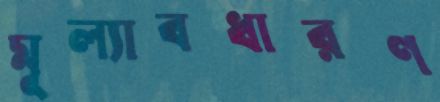
মূল্যাবধারণ